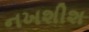
નખશીશ